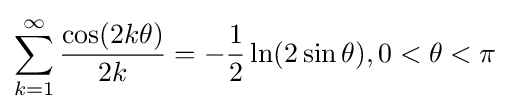
\sum _{k=1}^{\infty }{\frac {\cos(2k\theta )}{2k}}=-{\frac {1}{2}}\ln(2\sin \theta ),0<\theta <\pi